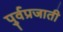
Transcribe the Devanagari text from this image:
पुर्वप्रजाती